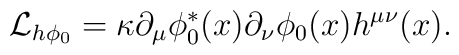
{\cal{L} }_{h\phi_0} = \kappa \partial_\mu \phi_0^*(x) \partial_\nu   \phi_0(x) h^{\mu \nu}(x).